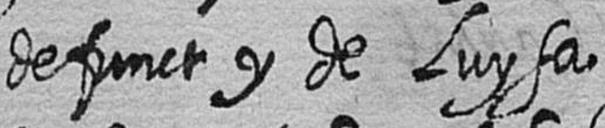
defunct y de Luysa